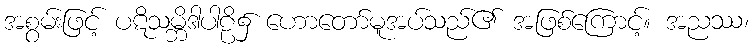
အစွမ်းဖြင့် ပဋိသမ္ဘိဒါပါဠိ၌ ဟောတော်မူအပ်သည်၏ အဖြစ်ကြောင့်။ အညဿ၊